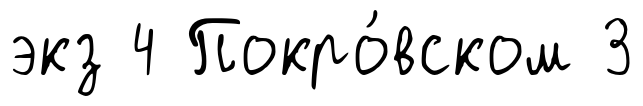
экз 4 Покро́вском 3